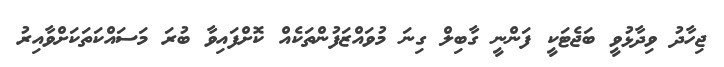
ޖިހާދު ވިދާޅުވީ ބަޖެޓަކީ ފަންނީ ގާބިލް ގިނަ މުވައްޒަފުންތަކެއް ކޮށްފައިވާ ބުރަ މަސައްކަތަކަށްވާއިރު